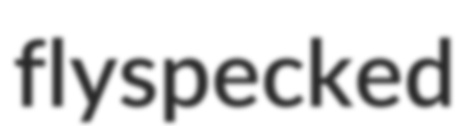
flyspecked